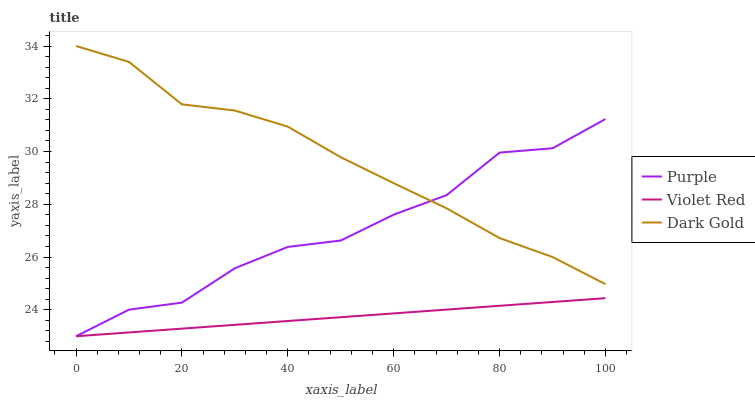
| xaxis_label | Purple | Violet Red | Dark Gold |
 | --- | --- | --- | --- |
 | 0 | 23 | 23 | 34 |
 | 10 | 24 | 23.1 | 33.4 |
 | 20 | 24.3 | 23.3 | 31.8 |
 | 30 | 25.6 | 23.4 | 31.6 |
 | 40 | 26.4 | 23.6 | 30.9 |
 | 50 | 26.6 | 23.7 | 29.8 |
 | 60 | 27.6 | 23.9 | 28.8 |
 | 70 | 28.3 | 24 | 27.8 |
 | 80 | 30 | 24.2 | 26.7 |
 | 90 | 30.1 | 24.3 | 26 |
 | 100 | 31.2 | 24.4 | 25 |